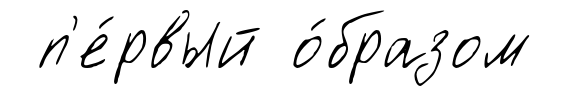
п'е́рвый о́бразом